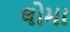
લોમા